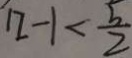
n - 1 < \frac { 5 } { 2 }